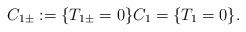
LaTeX: \begin{align*}C_{1\pm} := \{T_{1\pm} = 0 \} C_1 = \{T_1 = 0\}.\end{align*}